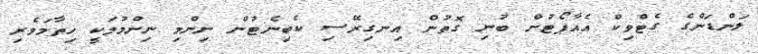
ލަންޑަންގެ ގެޓްވިކް އެއާޕޯޓުން ބުނި ގޮތުން އިނގިރޭސި ކެބިނެޓުން ނިންމި ނިންމުމަކީ ހިތާމަވެރި